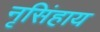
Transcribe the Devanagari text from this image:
नृसिंहाय